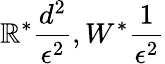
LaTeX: \mathbb{R}^{*}\frac{{d^{2}}}{{\epsilon^{2}}},W^{*}\frac{{1}}{{\epsilon^{2}}}